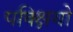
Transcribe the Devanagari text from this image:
पक्क्षियो